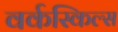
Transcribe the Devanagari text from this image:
वर्कस्किल्स